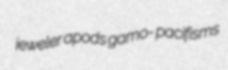
jeweler apods gamo- pacifisms